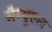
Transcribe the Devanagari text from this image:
सैम्यूएल